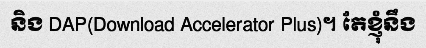
និង DAP(Download Accelerator Plus)។ តែខ្ញុំនឹង